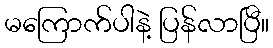
မကြောက်ပါနဲ့ ပြန်လာပြီ။